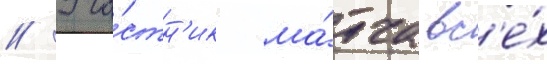
// Уча́стн'ик ма́тча вс'е́х